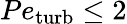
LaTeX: Pe_{\mathrm{turb}}\leq 2